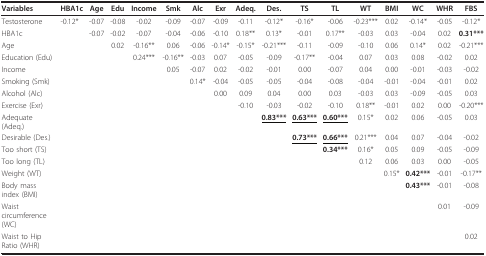
<table><thead><tr><td><b>Variables</b></td><td><b>HBA1c</b></td><td><b>Age</b></td><td><b>Edu</b></td><td><b>Income</b></td><td><b>Smk</b></td><td><b>Alc</b></td><td><b>Exr</b></td><td><b>Adeq.</b></td><td><b>Des.</b></td><td><b>TS</b></td><td><b>TL</b></td><td><b>WT</b></td><td><b>BMI</b></td><td><b>WC</b></td><td><b>WHR</b></td><td><b>FBS</b></td></tr></thead><tbody><tr><td>Testosterone</td><td>-0.12*</td><td>-0.07</td><td>-0.08</td><td>-0.02</td><td>-0.09</td><td>-0.07</td><td>-0.09</td><td>-0.11</td><td>-0.12*</td><td>-0.16*</td><td>-0.06</td><td>-0.23***</td><td>0.02</td><td>-0.14*</td><td>-0.05</td><td>-0.12*</td></tr><tr><td>HBA1c</td><td></td><td>-0.07</td><td>-0.02</td><td>-0.07</td><td>-0.04</td><td>-0.06</td><td>-0.10</td><td>0.18**</td><td>0.13*</td><td>-0.01</td><td>0.17**</td><td>-0.03</td><td>0.03</td><td>-0.04</td><td>0.02</td><td><b>0.31***</b></td></tr><tr><td>Age</td><td></td><td></td><td>0.02</td><td>-0.16**</td><td>0.06</td><td>-0.06</td><td>-0.14*</td><td>-0.15*</td><td>-0.21***</td><td>-0.11</td><td>-0.09</td><td>-0.10</td><td>0.06</td><td>0.14*</td><td>0.02</td><td>-0.21***</td></tr><tr><td colspan="2">Education (Edu)</td><td></td><td></td><td>0.24***</td><td>-0.16**</td><td>-0.03</td><td>0.07</td><td>-0.05</td><td>-0.09</td><td>-0.17**</td><td>-0.04</td><td>0.07</td><td>0.03</td><td>0.08</td><td>-0.02</td><td>0.02</td></tr><tr><td>Income</td><td></td><td></td><td></td><td></td><td>0.05</td><td>-0.07</td><td>0.02</td><td>-0.02</td><td>-0.01</td><td>0.00</td><td>-0.07</td><td>0.04</td><td>0.00</td><td>-0.01</td><td>-0.03</td><td>-0.02</td></tr><tr><td>Smoking (Smk)</td><td></td><td></td><td></td><td></td><td></td><td>0.14*</td><td>-0.04</td><td>-0.05</td><td>-0.05</td><td>-0.04</td><td>-0.08</td><td>-0.04</td><td>-0.01</td><td>-0.04</td><td>-0.01</td><td>0.02</td></tr><tr><td>Alcohol (Alc)</td><td></td><td></td><td></td><td></td><td></td><td></td><td>0.00</td><td>0.09</td><td>0.04</td><td>0.00</td><td>0.03</td><td>-0.03</td><td>0.03</td><td>-0.09</td><td>-0.05</td><td>0.03</td></tr><tr><td>Exercise (Exr)</td><td></td><td></td><td></td><td></td><td></td><td></td><td></td><td>-0.10</td><td>-0.03</td><td>-0.02</td><td>-0.10</td><td>0.18**</td><td>-0.01</td><td>0.02</td><td>0.00</td><td>-0.20***</td></tr><tr><td>Adequate (Adeq.)</td><td></td><td></td><td></td><td></td><td></td><td></td><td></td><td></td><td><b><underline>0.83***</underline></b></td><td><b><underline>0.63***</underline></b></td><td><b><underline>0.60***</underline></b></td><td>0.15*</td><td>0.02</td><td>0.06</td><td>-0.05</td><td>0.03</td></tr><tr><td>Desirable (Des.)</td><td></td><td></td><td></td><td></td><td></td><td></td><td></td><td></td><td></td><td><b><underline>0.73***</underline></b></td><td><b><underline>0.66***</underline></b></td><td>0.21***</td><td>0.04</td><td>0.07</td><td>-0.04</td><td>-0.02</td></tr><tr><td>Too short (TS)</td><td></td><td></td><td></td><td></td><td></td><td></td><td></td><td></td><td></td><td></td><td><b>0.34***</b></td><td>0.16*</td><td>0.05</td><td>0.09</td><td>-0.05</td><td>-0.09</td></tr><tr><td>Too long (TL)</td><td></td><td></td><td></td><td></td><td></td><td></td><td></td><td></td><td></td><td></td><td></td><td>0.12</td><td>0.06</td><td>0.03</td><td>0.00</td><td>-0.05</td></tr><tr><td>Weight (WT)</td><td></td><td></td><td></td><td></td><td></td><td></td><td></td><td></td><td></td><td></td><td></td><td></td><td>0.15*</td><td><b>0.42***</b></td><td>-0.01</td><td>-0.17**</td></tr><tr><td>Body mass index (BMI)</td><td></td><td></td><td></td><td></td><td></td><td></td><td></td><td></td><td></td><td></td><td></td><td></td><td></td><td><b>0.43***</b></td><td>-0.01</td><td>-0.08</td></tr><tr><td>Waist circumference (WC)</td><td></td><td></td><td></td><td></td><td></td><td></td><td></td><td></td><td></td><td></td><td></td><td></td><td></td><td></td><td>0.01</td><td>-0.09</td></tr><tr><td>Waist to Hip Ratio (WHR)</td><td></td><td></td><td></td><td></td><td></td><td></td><td></td><td></td><td></td><td></td><td></td><td></td><td></td><td></td><td></td><td>0.02</td></tr></tbody></table>